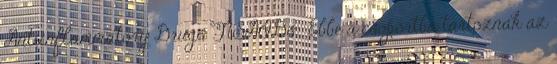
Antiinflammatory Drugs NSAIDs . Ebbe a csoportba tartoznak az